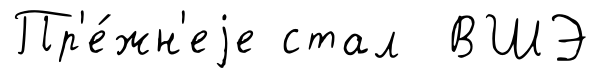
Пр'е́жн'еjе стал ВШЭ